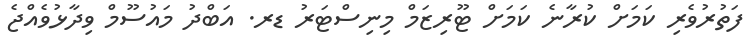
ފަތުރުވެރި ކަމަށް ކުރާނެ ކަމަށް ޓޫރިޒަމް މިނިސްޓަރު ޑރ. އަބްދު މައުސޫމް ވިދާޅުވެއްޖެ